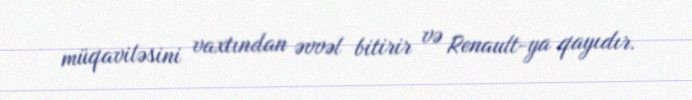
müqaviləsini vaxtından əvvəl bitirir və Renault-ya qayıdır.